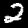
Label: 2